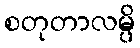
စတုတာလမ္ပိ